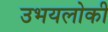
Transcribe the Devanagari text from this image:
उभयलोकी